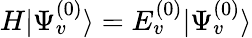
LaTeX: \begin{array}{r}{H|\Psi_{v}^{(0)}\rangle=E_{v}^{(0)}|\Psi_{v}^{(0)}\rangle}\end{array}